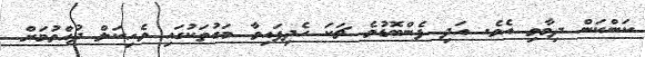
ކަންކަން ދިމާވި އެވެ. އަދި ފެންބޮޑުވެ ޗަކަ ހެދިފައިވާ މަގުތަކުގައި ވެހިކަލް ދުއްވުމަށް